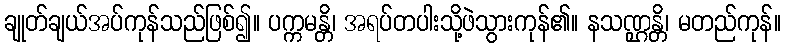
ချုတ်ချယ်အပ်ကုန်သည်ဖြစ်၍။ ပက္ကမန္တိ၊ အရပ်တပါးသို့ဖဲသွားကုန်၏။ နသဏ္ဌန္တိ၊ မတည်ကုန်။